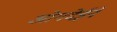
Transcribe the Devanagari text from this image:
ओगदेईने